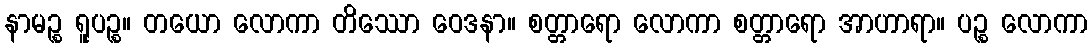
နာမဉ္စ ရူပဉ္စ။ တယော လောကာ တိဿော ဝေဒနာ။ စတ္တာရော လောကာ စတ္တာရော အာဟာရာ။ ပဉ္စ လောကာ